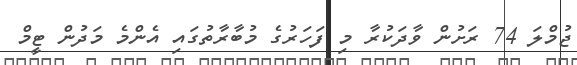
ޖުމްލަ 74 ރަށުން ވާދަކުރާ މި ފަހަރުގެ މުބާރާތުގައި އެންމެ މަދުން ޓީމް